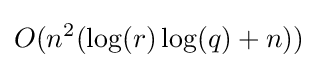
O(n^{2}(\log(r)\log(q)+n))